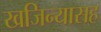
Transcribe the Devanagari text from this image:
खजिन्यासह